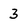
Character: 3